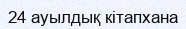
24 ауылдық кітапхана